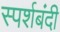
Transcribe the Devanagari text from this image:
स्पर्शबंदी